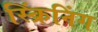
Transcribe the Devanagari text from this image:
स्क्रिंनिंग